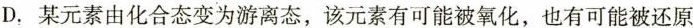
D.某元素由化合态变为游离态，该元素有可能被氧化，也有可能被还原